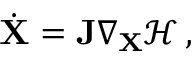
\dot { \mathbf { X } } = \mathbf { J } \nabla _ { \mathbf { X } } \mathcal { H } \, ,